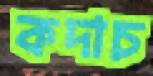
কদাচ